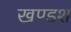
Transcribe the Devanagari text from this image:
खण्डश